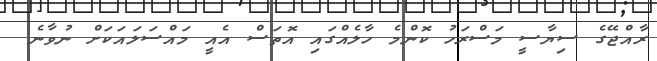
ރާއްޖޭގެ ސިޔާސީ މަސްރަހު ކޮންމެ ހާލެއްގައި އޮތަސް އެއީ މައްސަލައަކަށް ނުވާނެ